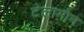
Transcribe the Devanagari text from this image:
टेलामोन